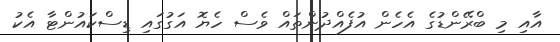
އާއި މި ބްރޭންޑުގެ އެހެން އުފެއްދުންތައް ވެސް ހެޔޮ އަގުގައި ޑިސްކައުންޓާ އެކު